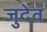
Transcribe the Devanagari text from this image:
जुदेव